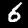
Digit: 6